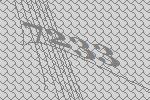
7233